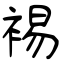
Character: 裼